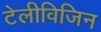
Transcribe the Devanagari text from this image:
टेलीविजिन